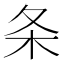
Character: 条